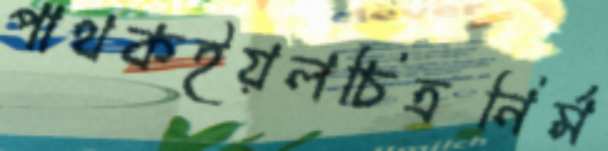
পাথকইয়লচিত্রনির্ম